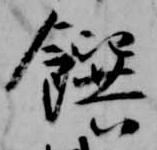
饌